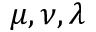
{ \mu , \nu , \lambda }